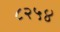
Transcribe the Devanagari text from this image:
८२५४